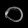
Digit: ၀